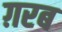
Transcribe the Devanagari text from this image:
ग़रब